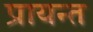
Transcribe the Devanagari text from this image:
प्रायन्त